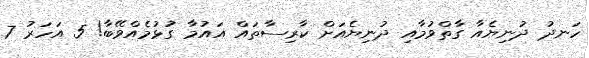
ހަނދު ދުނިޔެއާ ގާތްވުމާއި ދުނިޔެއަށް ކާރިސާތައް އައުމާ ގުޅުމެއްވޭބާ! 5 އަހަރު 7